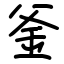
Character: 釜